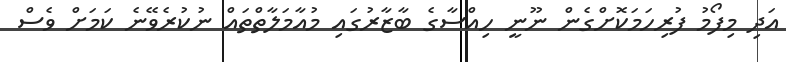
އަދި މިފޯމު ފުރިހަމަކޮށްގެން ނޫނީ ހިއްސާގެ ބާޒާރުގައި މުއާމަލާތްތައް ނުކުރެވޭނެ ކަމަށް ވެސް